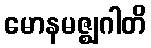
မောနမဇ္ဈဂါတိ